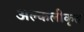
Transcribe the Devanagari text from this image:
अल्कलीकृत